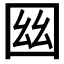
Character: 𡇟